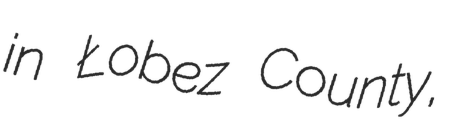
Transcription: in Łobez County,